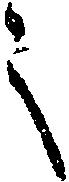
之